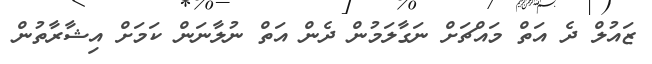
ޒައުލް ދެ އަތް މައްޗަށް ނަގާލަމުން ދެން އަތް ނުލާނަން ކަމަށް އިޝާރާތުން